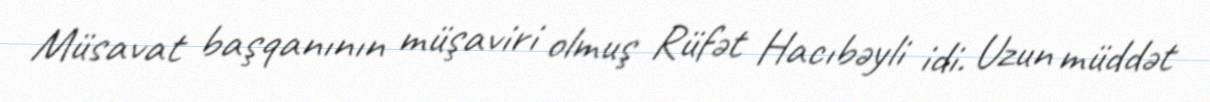
Müsavat başqanının müşaviri olmuş Rüfət Hacıbəyli idi. Uzun müddət